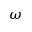
\omega